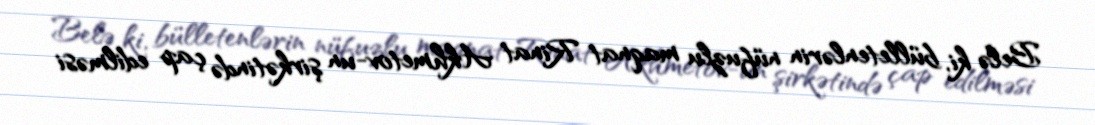
Belə ki, bülletenlərin nüfuzlu maqnat Rinat Akhmetov-un şirkətində çap edilməsi